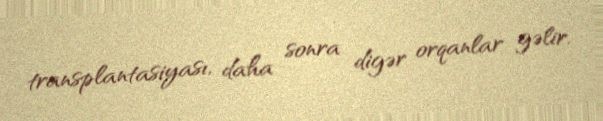
transplantasiyası, daha sonra digər orqanlar gəlir.